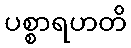
ပစ္စာရဟတိ